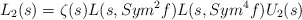
\begin{align*}L_2(s)=\zeta(s)L(s,Sym^2f)L(s,Sym^4f)U_2(s)\end{align*}